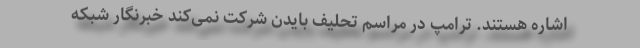
اشاره هستند. ترامپ در مراسم تحلیف بایدن شرکت نمی‌کند خبرنگار شبکه